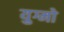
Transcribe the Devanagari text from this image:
युग्मो